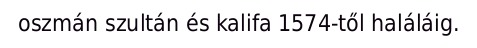
oszmán szultán és kalifa 1574-től haláláig.